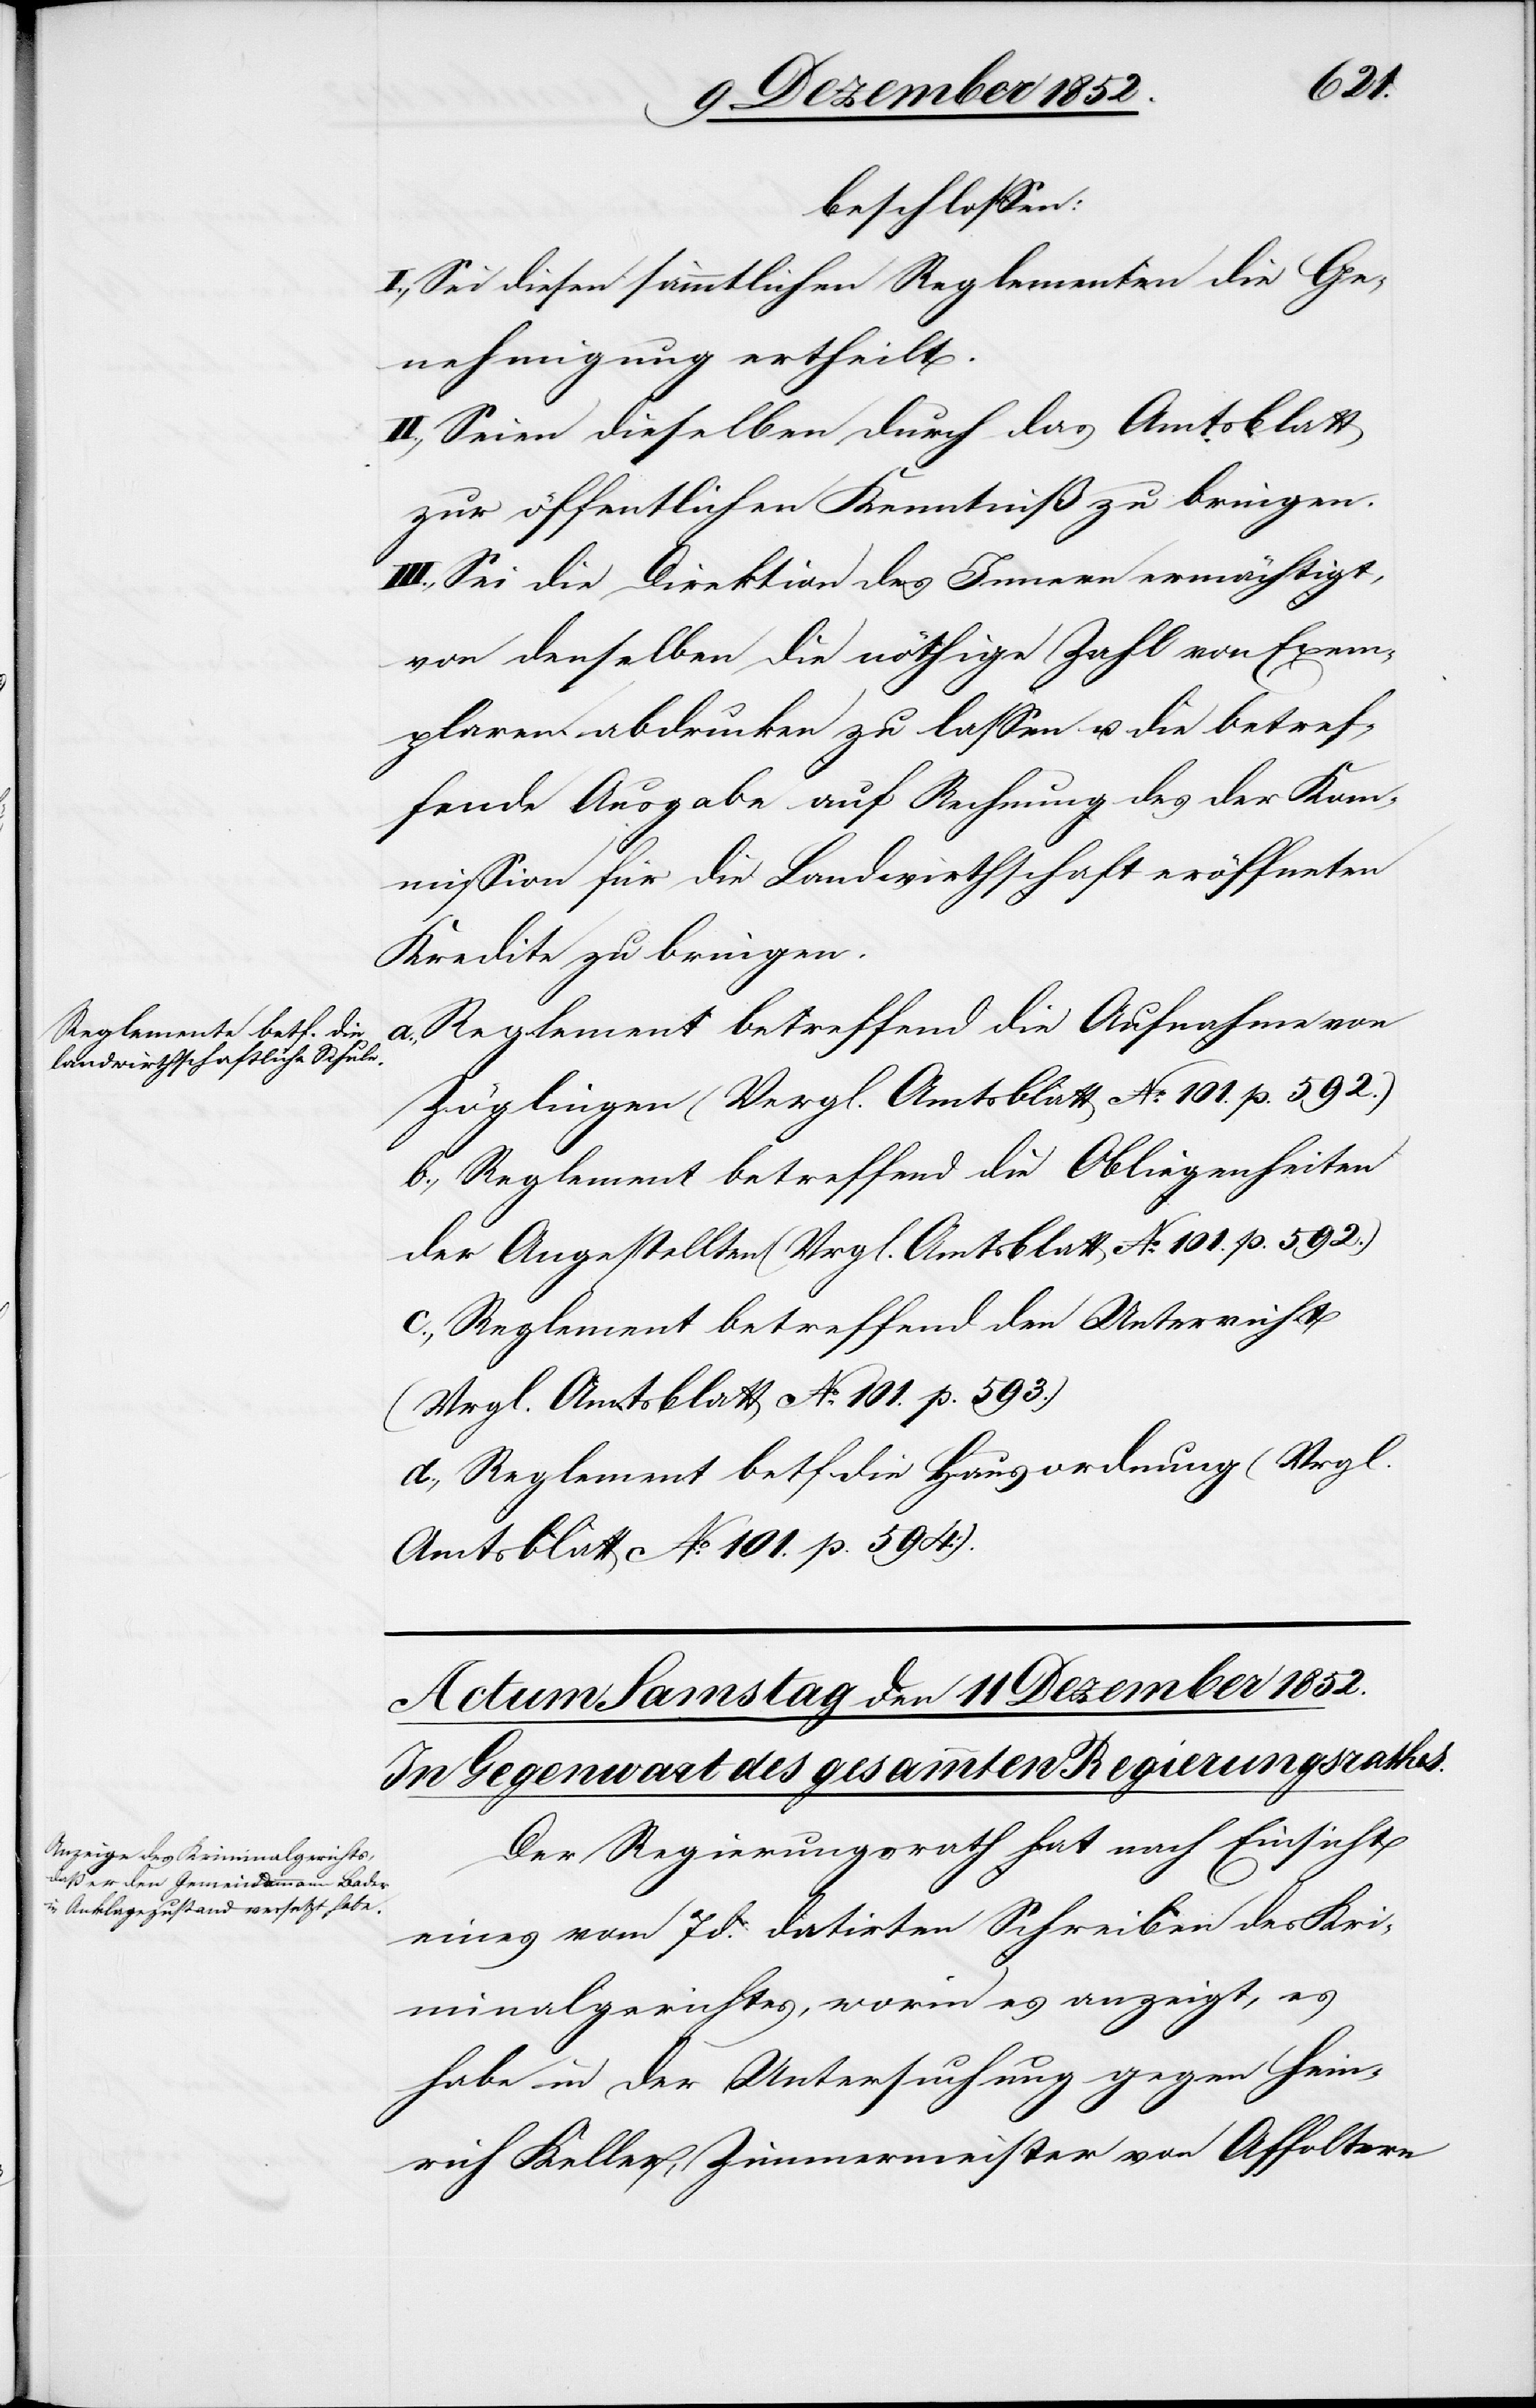
beschlossen:
I., Sei diesen sämmtlichen Reglementen die Ge¬
nehmigung ertheilt.
II., Seien dieselben durch das Amtsblatt
zur öffentlichen Kenntniß zu bringen.
III., Sei die Direktion des Innern ermächtigt,
von denselben die nöthige Zahl von Exem¬
plaren abdrucken zu lassen u. die betref¬
fende Ausgabe auf Rechnung des der Kom¬
mission für die Landwirthschaft eröffneten
Kredite[s] zu bringen.
Reglement betreffend die Aufnahme von
Zöglingen (Vergl. Amtsblatt No. 101. p. 592.)
b., Reglement betreffend die Obliegenheiten
der Angestellten (Vrgl. Amtsblatt No. 101. p. 592.)
c., Reglement betreffend den Unterricht
(Vrgl. Amtsblatt No. 101. p. 593.)
d., Reglement betf. die Hausordnung (Vrgl.
Amtsblatt No. 101. p. 594).
Der Regierungsrath hat nach Einsicht
eines vom 7 d. datirten Schreiben[s] des Kri¬
minalgerichtes, worin es anzeigt, es
habe in der Untersuchung gegen Hein¬
rich Keller, Zimmermeister von Affoltern